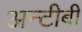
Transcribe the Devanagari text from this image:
अन्टीबी